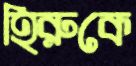
হিরুকে